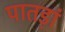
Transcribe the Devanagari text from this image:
पातड़ां